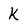
Character: K